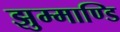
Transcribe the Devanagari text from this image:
झुम्माण्डि